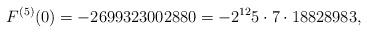
LaTeX: \begin{align*}F^{(5)}(0)=-2699323002880=-2^{12}5\cdot 7\cdot 18828983,\end{align*}